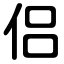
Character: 侣